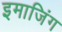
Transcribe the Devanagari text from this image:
इमाजिंग